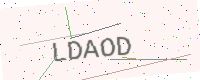
Text: LDAOD